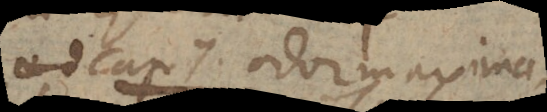
cap. 7 Odor maxima-